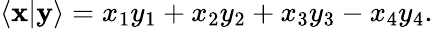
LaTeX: \langle\mathbf{x}|\mathbf{y}\rangle=x_{1}y_{1}+x_{2}y_{2}+x_{3}y_{3}-x_{4}y_{4}.